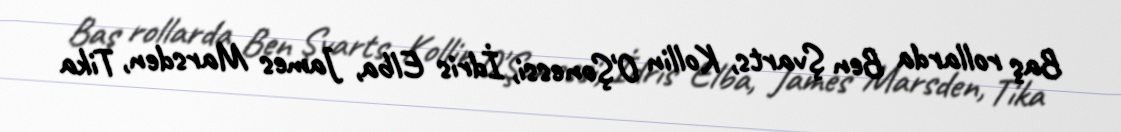
Baş rollarda Ben Şvarts, Kollin O'Şonessi, İdris Elba, James Marsden, Tika